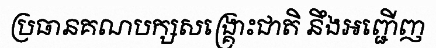
ប្រធានគណបក្សសង្គ្រោះជាតិ នឹងអញ្ជើញ